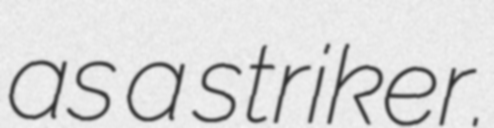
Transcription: as a striker.